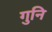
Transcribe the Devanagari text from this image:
गुनि